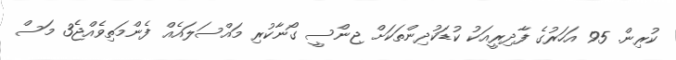
ކުރިން. 95 އަހަރުގެ ފާދިރީއަކު ކުޑަކުދިންތަކަށް ޖިންސީ ގޯނާކުރި މައްސަލައެއް ފެންމަތިވެއްޖެ3 މަސް